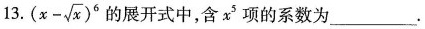
13.$$( x - \sqrt { x } ) ^ { 6 }$$的展开式中,含x^{5}项的系数为___.